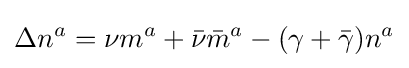
\Delta n^{a}=\nu m^{a}+{\bar {\nu }}{\bar {m}}^{a}-(\gamma +{\bar {\gamma }})n^{a}